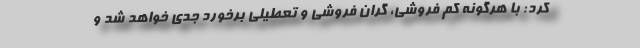
کرد: با هرگونه کم فروشی، گران فروشی و تعطیلی برخورد جدی خواهد شد و